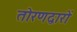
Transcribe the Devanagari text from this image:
तोरणद्वारों